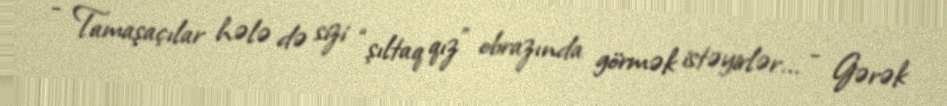
- Tamaşaçılar hələ də sizi “şıltaq qız” obrazında görmək istəyirlər... - Gərək